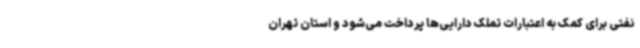
نفتی برای کمک به اعتبارات تملک دارایی‌ها پرداخت می‌شود و استان تهران